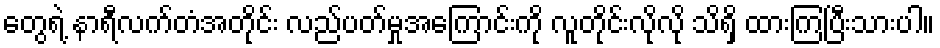
တွေရဲ့ နာရီလက်တံအတိုင်း လည်ပတ်မှုအကြောင်းကို လူတိုင်းလိုလို သိရှိ ထားကြပြီးသားပါ။